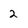
Character: 2